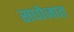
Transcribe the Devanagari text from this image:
सघोजात